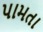
પામતા